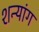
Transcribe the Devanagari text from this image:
शन्यांग